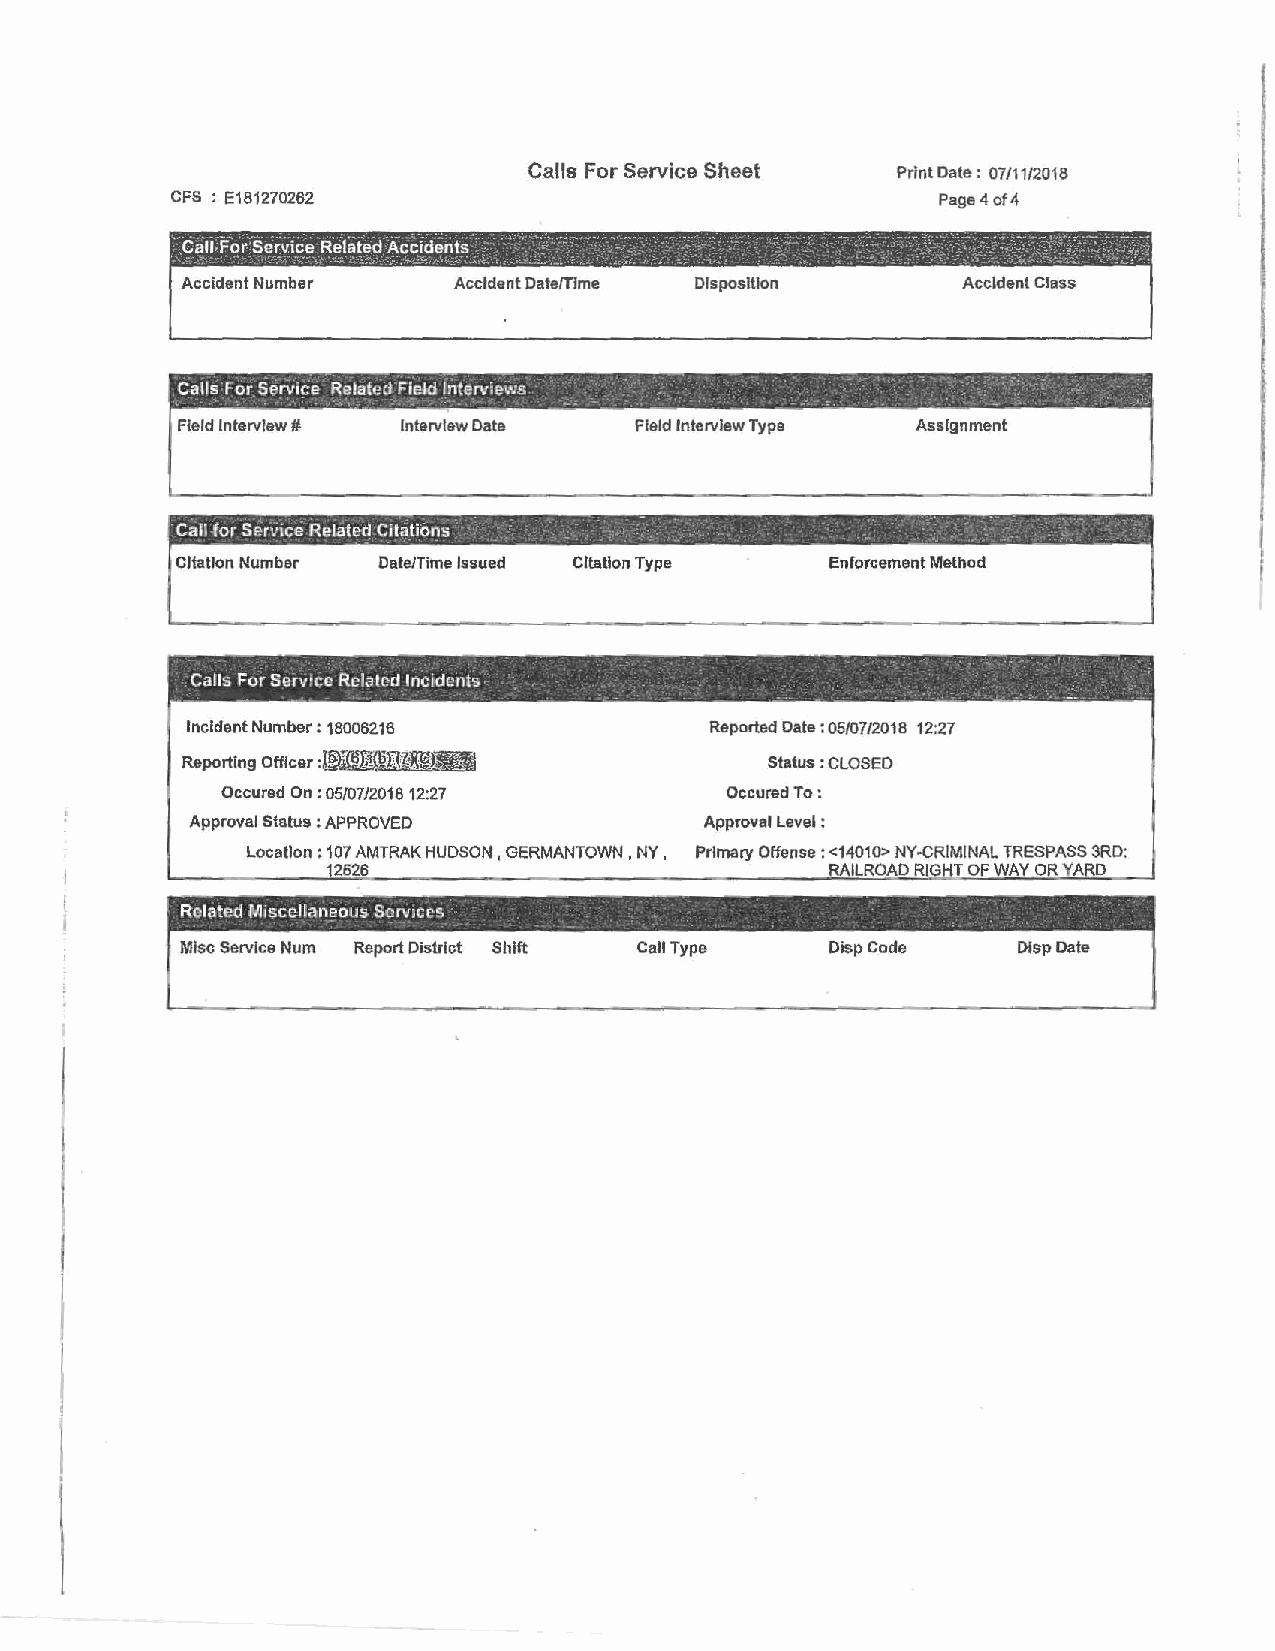
Calls For Service Sheet  Print Date: 07/11/2018
 CFS : E181270262                                  Page 4 of4
 Accident Number   Accident Date(Tlme Disposition    Accident Class
 .C alls For Serv . i .c e R ~ e ' lated Fi -eld l~ ' .t erviews - . - , - :;- · - · .' · · -~ ,-. -- . · ,· · .· ,
 Field Interview # Interview Date Field Interview Type Assignment
 Cali for Service Related Citations _ - · •. .- . _ · .-_._ ·. ·_ · · , - · .
 Citation Number Date/Time Issued Citation Type Enforcement Method
 -          .           ~                              . - .    .
 Calls For Service Related Incidents .                          ·
 L          -                       -   -    • • -  • • --
 Incident Number: 18006216         Reported Date: 05/07/2018 12:27
 :WB.B~lfi1R
 Reporting Officer                      Status : CLOSED
 Occured On: 05/07/2018 12:27     Occured To:
 Approval Status : APPROVED        Approval Level :
 Location: 107 AMTRAK HUDSON, GERMANTOWN, NY, Primary Offense : <14010> NY-CRIMINAL TRESPASS 3RD:
 12626                            RAILROAD RIGHT OF WAY OR YARD
 Related Miscellaneous Services
 Misc Service Num Report District Shlft Call Type Disp Code Dlsp Date